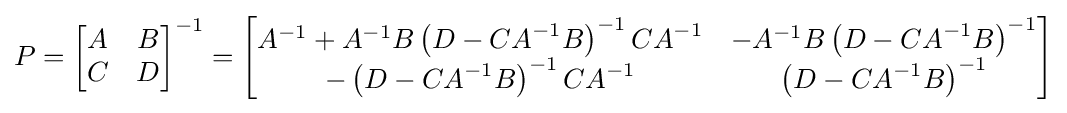
{P}={\begin{bmatrix}{A}&{B}\\{C}&{D}\end{bmatrix}}^{-1}={\begin{bmatrix}{A}^{-1}+{A}^{-1}{B}\left({D}-{CA}^{-1}{B}\right)^{-1}{CA}^{-1}&-{A}^{-1}{B}\left({D}-{CA}^{-1}{B}\right)^{-1}\\-\left({D}-{CA}^{-1}{B}\right)^{-1}{CA}^{-1}&\left({D}-{CA}^{-1}{B}\right)^{-1}\end{bmatrix}}